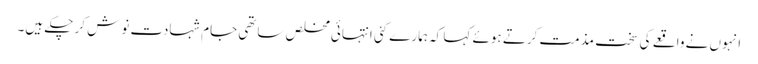
انہوں نے واقعے کی سخت مذمت کرتے ہوئے کہا کہ ہمارے کئی انتہائی مخلص ساتھی جام شہادت نوش کر چکے ہیں۔